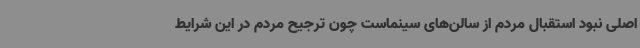
اصلی نبود استقبال مردم از سالن‌های سینماست چون ترجیح مردم در این شرایط